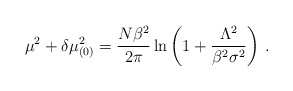
\begin{align*}\mu^2 + \delta\mu_{(0)}^2 = \frac{N\beta^2}{2\pi} \ln\left(1 + \frac{\Lambda^2}{\beta^2\sigma^2}\right)\,.\end{align*}